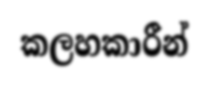
කලහකාරීන්